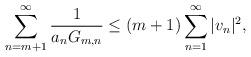
LaTeX: \begin{align*} \sum_{n=m+1}^\infty \frac{1}{a_n G_{m,n}} \le (m+1) \sum_{n=1}^\infty |v_n|^2, \end{align*}